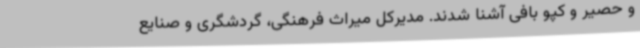
و حصیر و کپو بافی آشنا شدند. مدیرکل میراث فرهنگی، گردشگری و صنایع